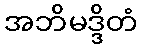
အဘိမဒ္ဒိတံ